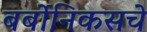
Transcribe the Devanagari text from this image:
बर्बोनिकसचे